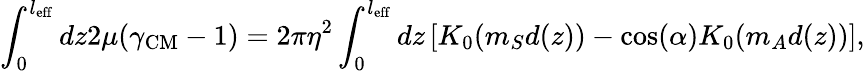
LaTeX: \int_{0}^{l_{\mathrm{eff}}}dz2\mu(\gamma_{\mathrm{CM}}-1)=2\pi\eta^{2}\int_{0}^{l_{\mathrm{eff}}}dz\left[K_{0}(m_{S}d(z))-\cos(\alpha)K_{0}(m_{A}d(z))\right],